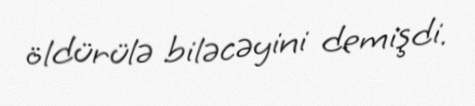
öldürülə biləcəyini demişdi.